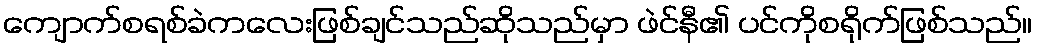
ကျောက်စရစ်ခဲကလေးဖြစ်ချင်သည်ဆိုသည်မှာ ဖဲင်နီ၏ ပင်ကိုစရိုက်ဖြစ်သည်။